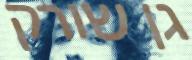
גן שורק